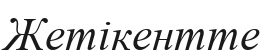
Жетікентте